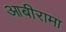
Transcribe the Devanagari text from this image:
आबीरामा